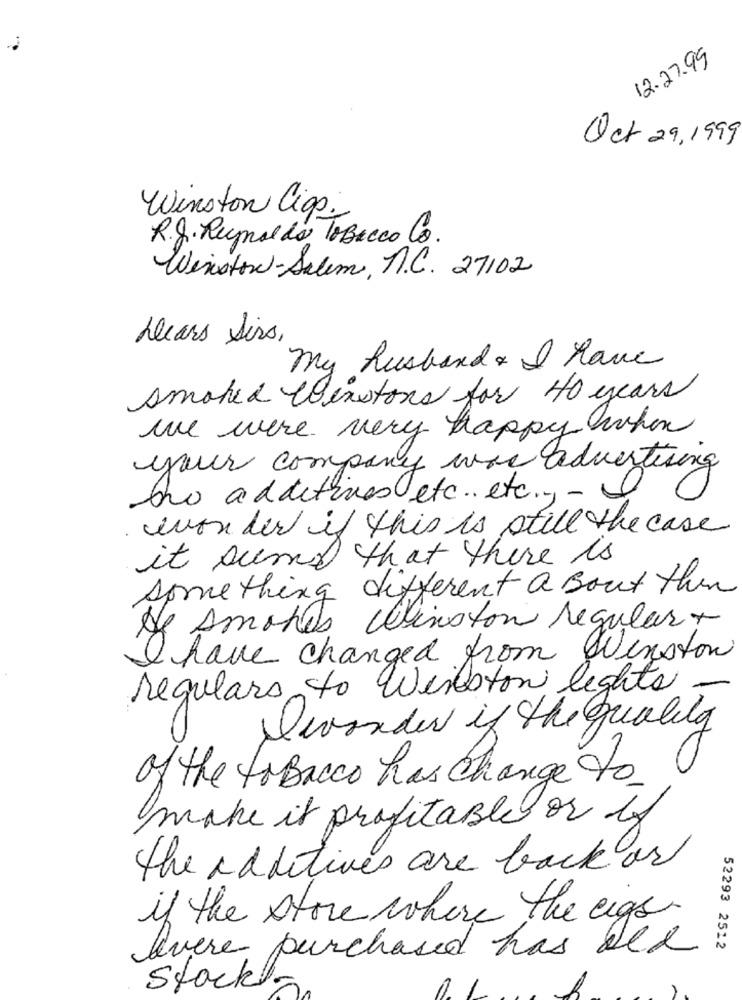
12.27.99
Oct 29,1999
Winston Ciop.
R.J. Reynolds Tobacco Co.
Winston-Salem, N.C. 27102
Dears Sirs,
My husband & I have
smoked Winstons for 40 years
we were very happy when
your company was advertising
to additives etc ... etc .,-
wonder if this is still the case
it sund that there is
something different a Bout then
He smokes Winston regular+
I have changed from Winston
regulars to Winston lights .
Devonder if the quality
of the to Bacco has change to
make it profitable or if
the additives are back or
if the store where the eigh
levere purchased has bee
52293 2512
Stock.